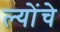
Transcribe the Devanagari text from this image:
ल्योंचे